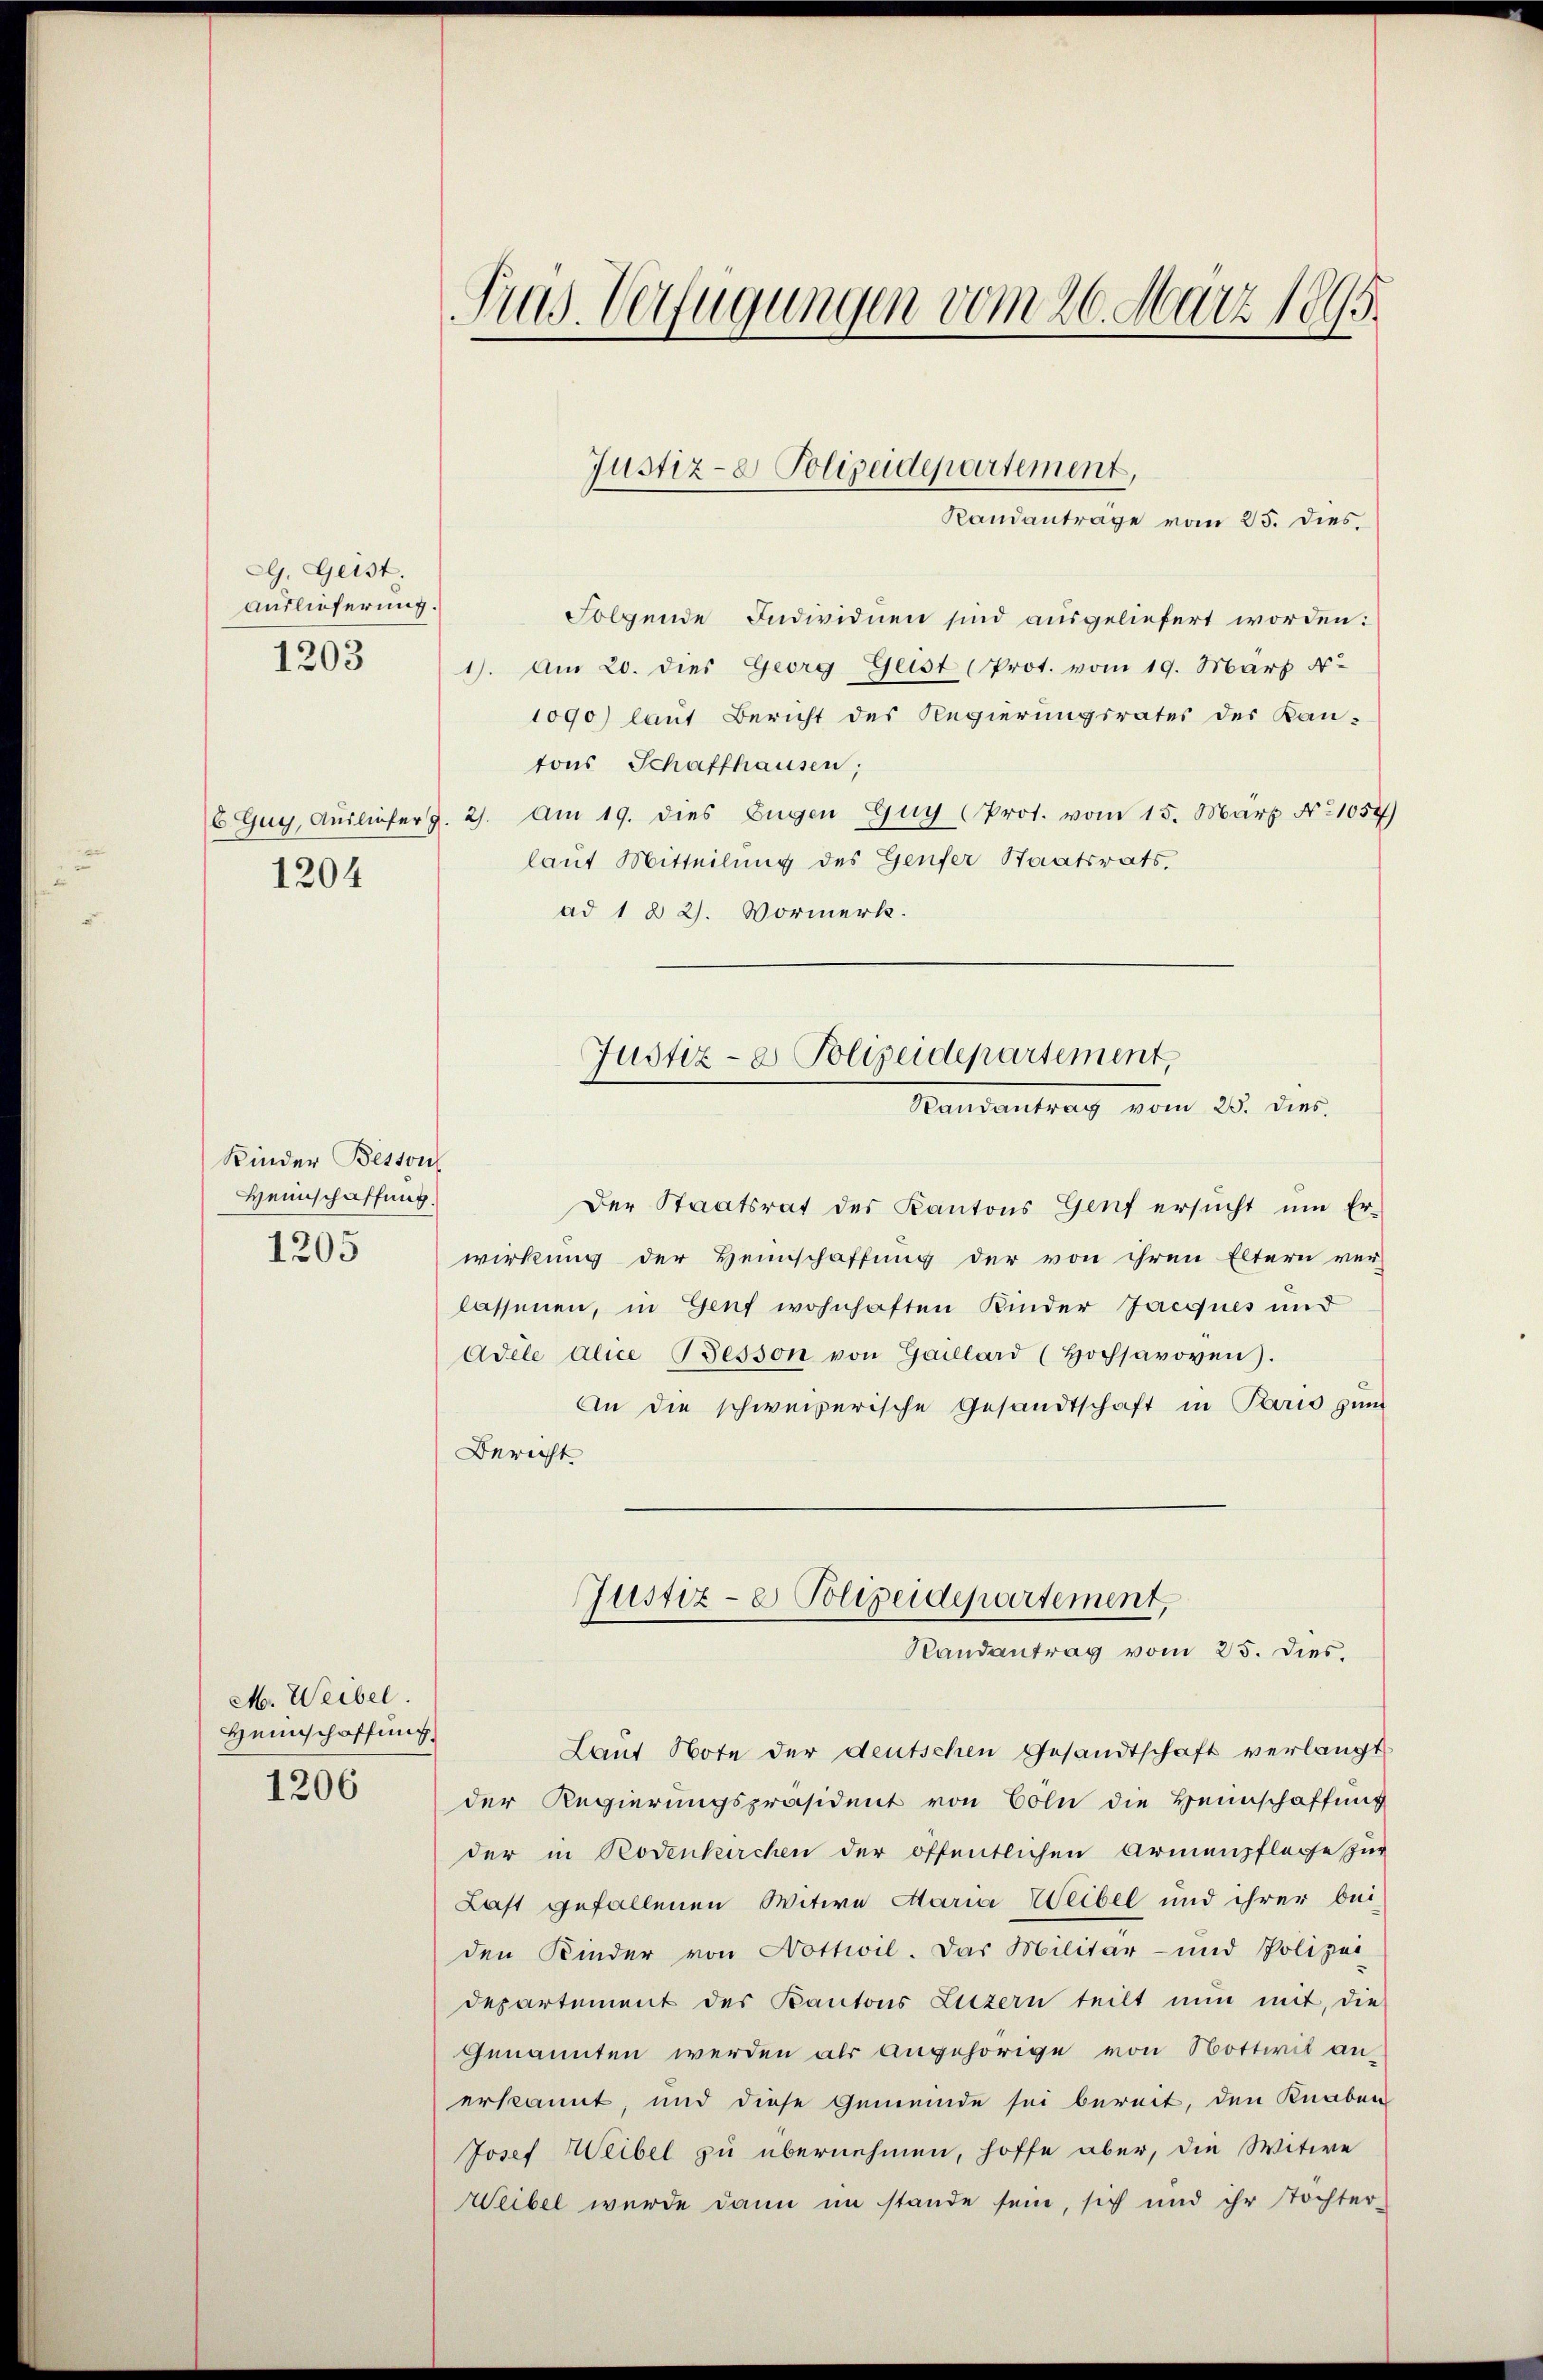
GG. Geist.
Auslieferung.
1203

1204

Kinder Betton
Heimschaffung.
1205

M. Weibel.
Heimschaffung.

1206

Pras. Verfügungen vom 26. März 1895.

Folgende Individuen sind ausgeliefert worden:
1). Am 20. dies Georg Geist (Prot. vom 19. März d.
1090) laut Bericht des Regierungsrates des Kan-
tons Schaffhausen,
6 Guy, Ausliefer Z. 21. Am 19. dies Zügen Guy (Prot. vom 15. März No 1057)
laut Mitteilung des Genfer Staatsrats,
ad 1 § 2. Vormerk.

Justiz- & Polizeidepartement,
Randantrage vom 25. dies

Justiz- & Polizeidepartement,
Mandantrag vom 25. dies

Justiz- & Polizeidepartement,
Randantrag vom 25. Dies.

Der Staatsrat des Kantons Genf ersucht um Er-
wirkung der Heimschaffung der von ihren Eltern ver-
lassenen, in Genf wohnhaften Kinder Jacquis und
Adele alice Besson von Gaillard (Hochsavoven.
An die schweizerische Gesandtschaft in Paus zum
Bericht

Laut Note der deutschen Gesandtschaft verlangt
der Regierungspräsident von Cöln die Heimschaffung
der in Bodenkirchen der öffentlichen Armenpflege zur
Last gefallenen Witwe Maria Weibel und ihrer bei-
den Kinder von Nottwil. Das Militär- und Polizei
departement des Kantons Luzern teilt nun mit, die
Genannten werden als angehörige von Nottwit anerkannt, und diese Gemeinde sei bereit, den Knaben
Josef Weibel zu übernehmen, hoffe aber, die Witwe
Weibel wurde dann im stande sein, sich und ihr Tochter-